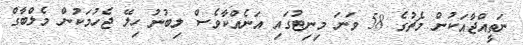
ނަތީއްޖާއަކުން މެޗުގެ 58 ވަނަ މިނިޓުގައި އަނެއްކާވެސް ލިބުނު ހިލޭ ޖެހުމަކުން މެލްބާގް